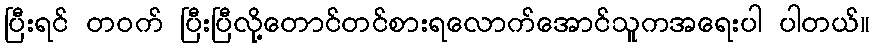
ပြီးရင် တဝက် ပြီးပြီလို့တောင်တင်စားရလောက်အောင်သူကအရေးပါ ပါတယ်။